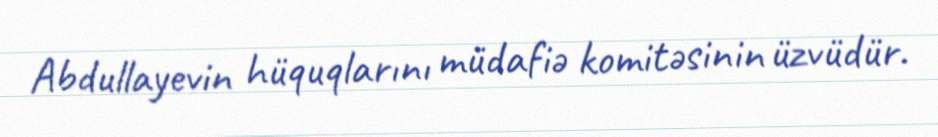
Abdullayevin hüquqlarını müdafiə komitəsinin üzvüdür.